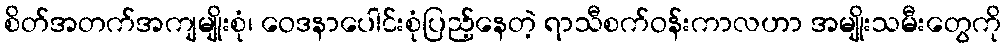
စိတ်အတက်အကျမျိုးစုံ၊ ဝေဒနာပေါင်းစုံပြည့်နေတဲ့ ရာသီစက်ဝန်းကာလဟာ အမျိုးသမီးတွေကို